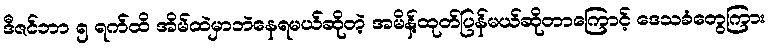
ဒီဇင်ဘာ ၅ ရက်ထိ အိမ်ထဲမှာဘဲနေရမယ်ဆိုတဲ့ အမိန့်ထုတ်ပြန်မယ်ဆိုတာကြောင့် ဒေသခံတွေကြား